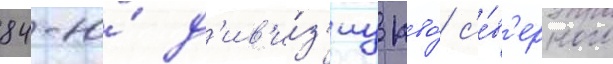
84-ю́ д'ив'и́з'иу пво́ с'е́в'ерного